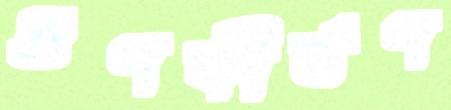
গুণকীর্তণ